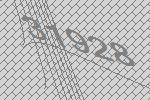
31928